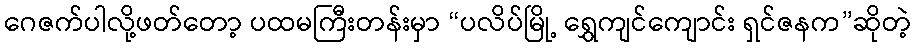
ဂေဇက်ပါလို့ဖတ်တော့ ပထမကြီးတန်းမှာ “ပလိပ်မြို့ ရွှေကျင်ကျောင်း ရှင်ဇနက”ဆိုတဲ့